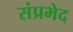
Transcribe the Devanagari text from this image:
संप्रभेद